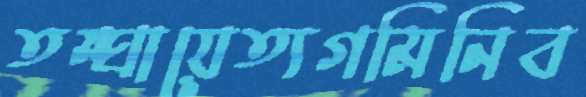
তম্ঘায়েত্যগমিনিব